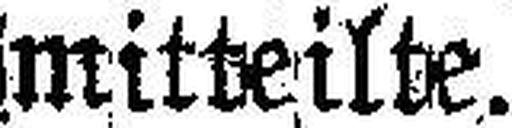
Mitteilte.